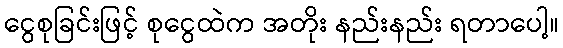
ငွေစုခြင်းဖြင့် စုငွေထဲက အတိုး နည်းနည်း ရတာပေါ့။